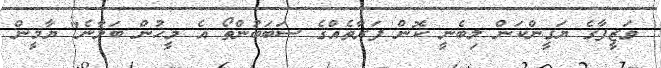
ވަޒީފާގެ ޔަގީންކަން ލިބެނީ ކޮން ފަރާތެއްގެ ސަބަބުންތޯ އެ މީހުން ބަލާނެ" ޔާމީން